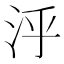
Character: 泘